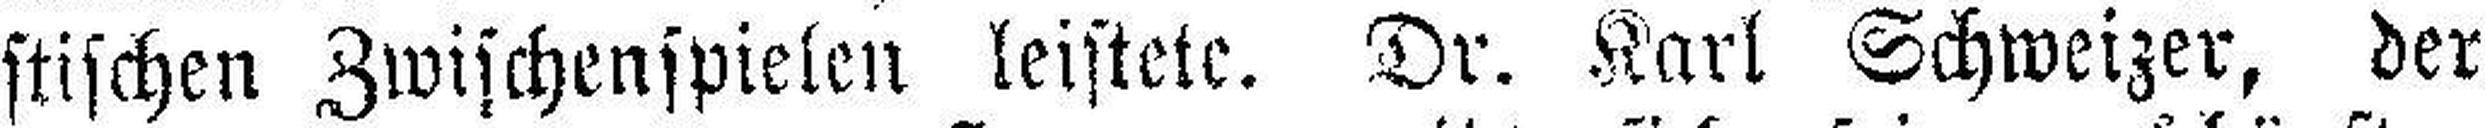
stischen Zwischenspielen leistete. Dr. Karl Schweizer, der